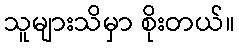
သူများသိမှာ စိုးတယ်။